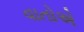
વાતોએ